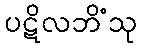
ပဋိလဘိံသု